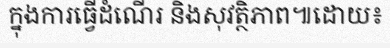
ក្នុងការធ្វើដំណើរ និងសុវត្ថិភាព៕ដោយ៖